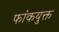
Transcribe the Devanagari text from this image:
फांकयुक्त